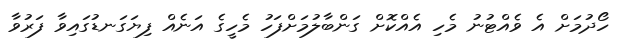
ހޯދުމަށް އެ ވެއްޓުނު މެހި އެއްކޮށް ގަންބާލުމަށްފަހު މެހީގެ އަނެއް ފިޔަގަނޑުގައިވާ ފަރުވާ